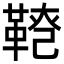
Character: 𩋕